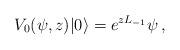
LaTeX: \begin{align*}V_0(\psi,z)|0\rangle=e^{zL_{-1}}\psi\,,\end{align*}